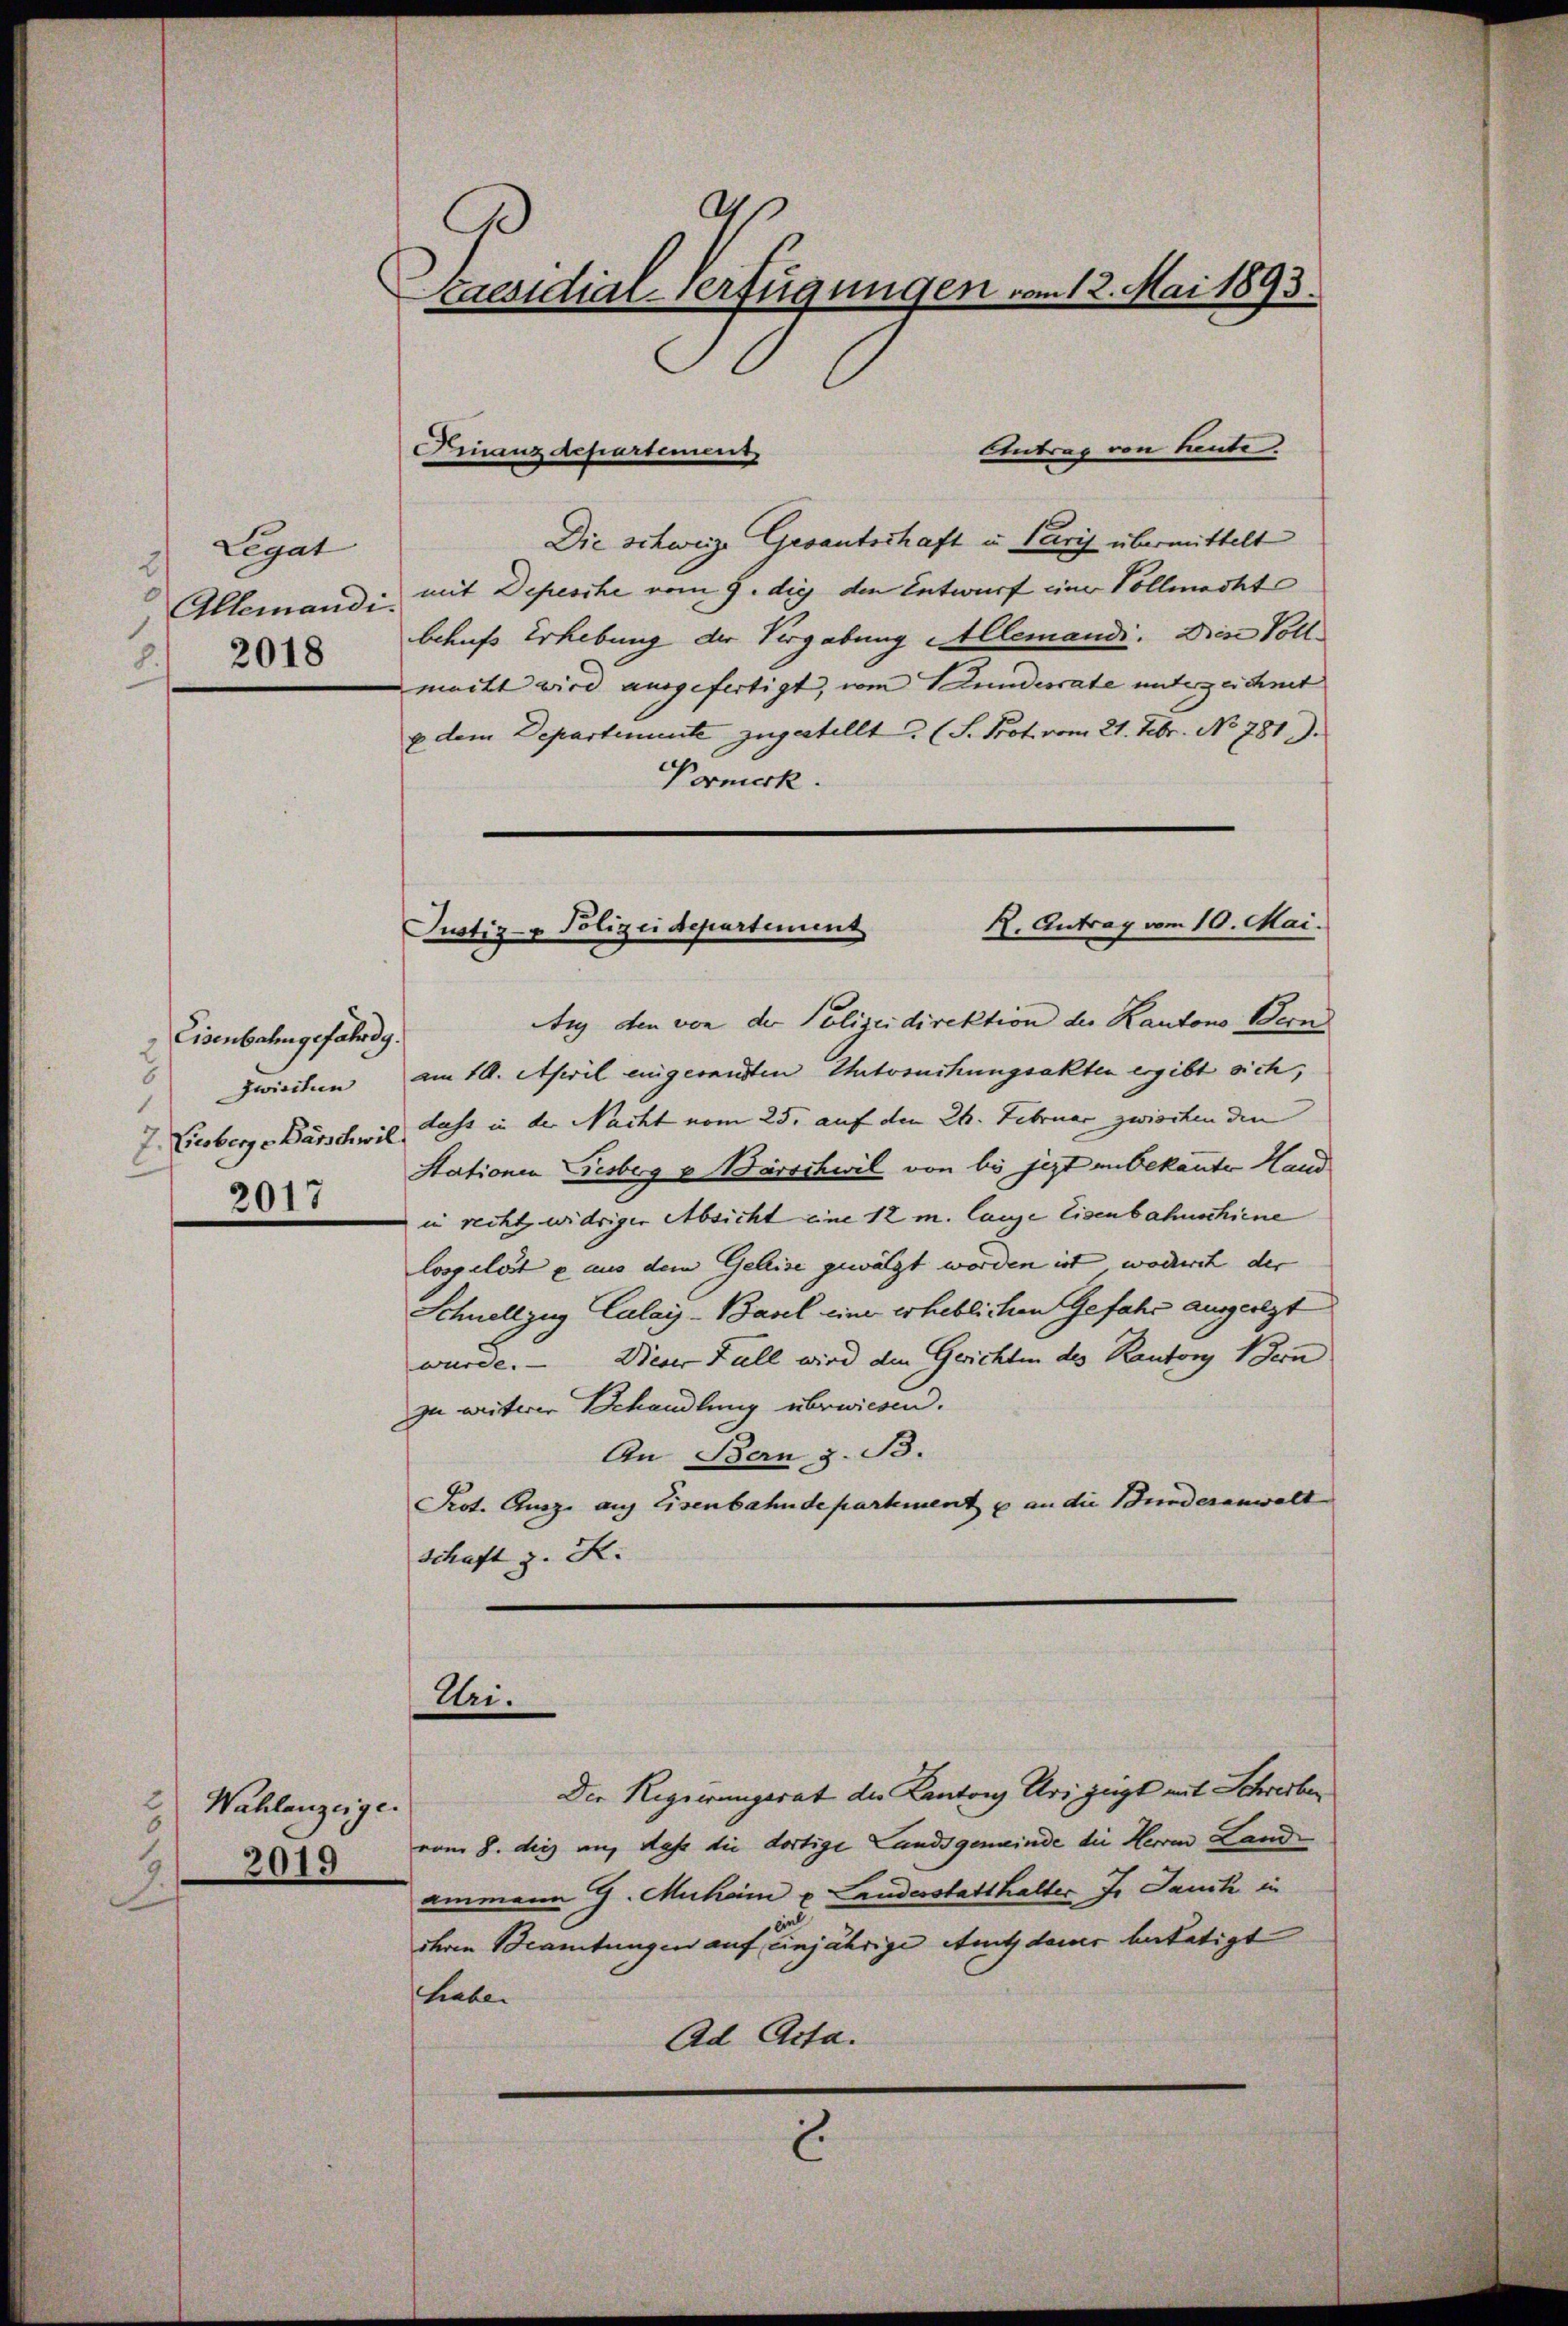
" Legat
0
Allemandi
 2018

Eisenbahngefährdg.
s
zwischen
2
7. Eisberg, Barschwil.
2017

2 Wahlanzeige.
6
2019
.

Kaesidial-Verfügungen vom 12. Mai 1893.

Antrag von heute.
Die schweize Gesantschaft u. Paris übermittelt
mit Depesche vom 9. die den Entwurf eine Vollmacht
behufs Erhebung der Vergabung Allemandi. Diese Vollmacht wird ausgefertigt, vom Stundesrate unterzeichnet
u dem Departemente zugestellt. (S. Prot. vom 21. Febr. No 781 J.
Vormerk.

Finanzdepartement

H. Antrag vom 10. Mai.
Justiz- & Polizei Departement

Uri.

Aug den von der Polizeidirektion der Kantons Bern
am 10. April eingesandten Untersuchungsakten ergibt sich,
dass in der Nacht vom 25. auf den 24. Februar zwischen den
Stationen Presberg v. Barschwil von bis jezt unbekannte Hand
in recht, widriger Absicht eine 12 m lange Eisenbahnschiene
losgelöste aus dem Geleise gewälzt worden ist, wodurch der
Schnellzug Calais-Basel eine erheblichen Gefahr ausgelegt
würde. — Dieser Fall wird den Gerichten des Kantons 1 Fern
zu weiterer Behandlung überwiesen.
An Bern z. B.
Prot. Ausz auf Eisenbahndepartement u an die Bundesanwalt
schaft z. K.

Die Regierungerat der Kanton Uri zeigt mit Schreiben
vom 8. dies auf dass die dortige Landsgemeinde die Herren Landammann G. Muheim u. Landerstatthalter J. Jauch in
ihren Beamtungen auf einjährige Amtsdauer betätigt
habe.
Ad Acta.
E